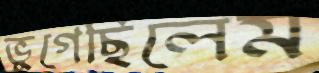
ভুগেছিলেম